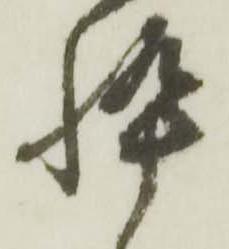
忰